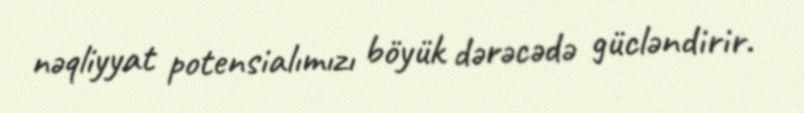
nəqliyyat potensialımızı böyük dərəcədə gücləndirir.